King Institute of Preventive Medicine Micro-Biological Section reports 1909-11
Year: 1909
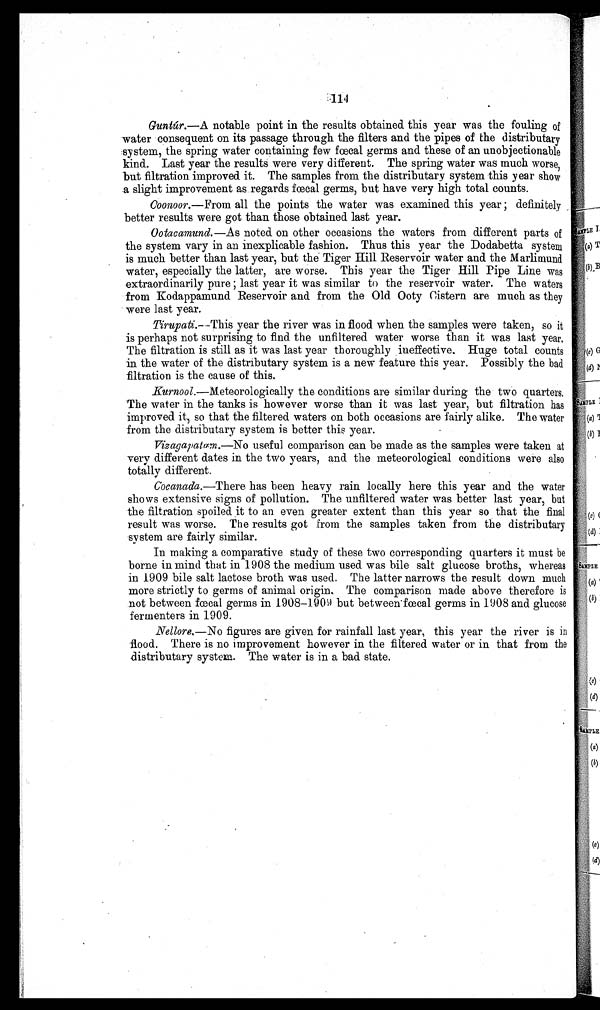
Guntúr.—A notable point in the results obtained this year was the fouling of
water consequent on its passage through the filters and the pipes of the distributary
system, the spring water containing few fœcal germs and these of an unobjectionable
kind. Last year the results were very different. The spring water was much worse,
but filtration improved it. The samples from the distributary system this year show
a slight improvement as regards fœcal germs, but have very high total counts.
Coonoor.—From all the points the water was examined this year ; definitely
better results were got than those obtained last year.
Ootacamund.—As noted on other occasions the waters from different parts of
the system vary in an inexplicable fashion. Thus this year the Dodabetta system
is much better than last year, but the Tiger Hill Reservoir water and the Marlimund
water, especially the latter, are worse. This year the Tiger Hill Pipe Line was
extraordinarily pure ; last year it was similar to the reservoir water. The waters
from Kodappamund Reservoir and from the Old Ooty Cistern are much as they
were last year.
Tirupati.—This year the river was in flood when the samples were taken, so it
is perhaps not surprising to find the unfiltered water worse than it was last year.
The filtration is still as it was last year thoroughly ineffective. Huge total counts
in the water of the distributary system is a new feature this year. Possibly the bad
filtration is the cause of this.
Kurnool.—Meteorologically the conditions are similar during the two quarters.
The water in the tanks is however worse than it was last year, but filtration has
improved it, so that the filtered waters on both occasions are fairly alike. The water
from the distributary system is better this year.
Vizagapatam.—No useful comparison can be made as the samples were taken at
very different dates in the two years, and the meteorological conditions were also
totally different.
Cocanada.—There has been heavy rain locally here this year and the water
shows extensive signs of pollution. The unfiltered water was better last year, but
the filtration spoiled it to an even greater extent than this year so that the final
result was worse. The results got from the samples taken from the distributary
system are fairly similar.
In making a comparative study of these two corresponding quarters it must be
borne in mind that in 1908 the medium used was bile salt glucose broths, whereas
in 1909 bile salt lactose broth was used. The latter narrows the result down much
more strictly to germs of animal origin. The comparison made above therefore is
not between fœcal germs in 1908-1909 but between fœcal germs in 1908 and glucosce
fermenters in 1909.
Nellore.—No figures are given for rainfall last year, this year the river is in
flood. There is no improvement however in the filtered water or in that from the
distributary system. The water is in a bad state.